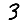
Digit: 3